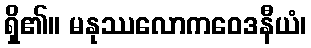
ရှိ၏။ မနုဿလောကဝေဒနီယံ၊